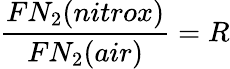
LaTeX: {\frac{FN_{2}(nitrox)}{FN_{2}(air)}}=R